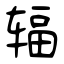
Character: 辐